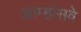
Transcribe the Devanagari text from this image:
आम्हांसवे